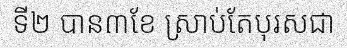
ទី២ បាន៣ខែ ស្រាប់តែបុរសជា